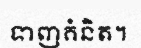
ទាញគំនិត។